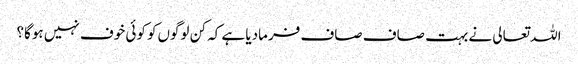
اللہ تعالی نے بہت صاف صاف فرمادیا ہے کہ کن لوگوں‌کو کوئی خوف نہیں‌ ہوگا؟